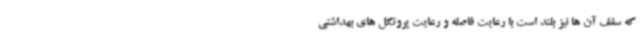
که سقف آن ها نیز بلند است با رعایت فاصله و رعایت پروتکل های بهداشتی